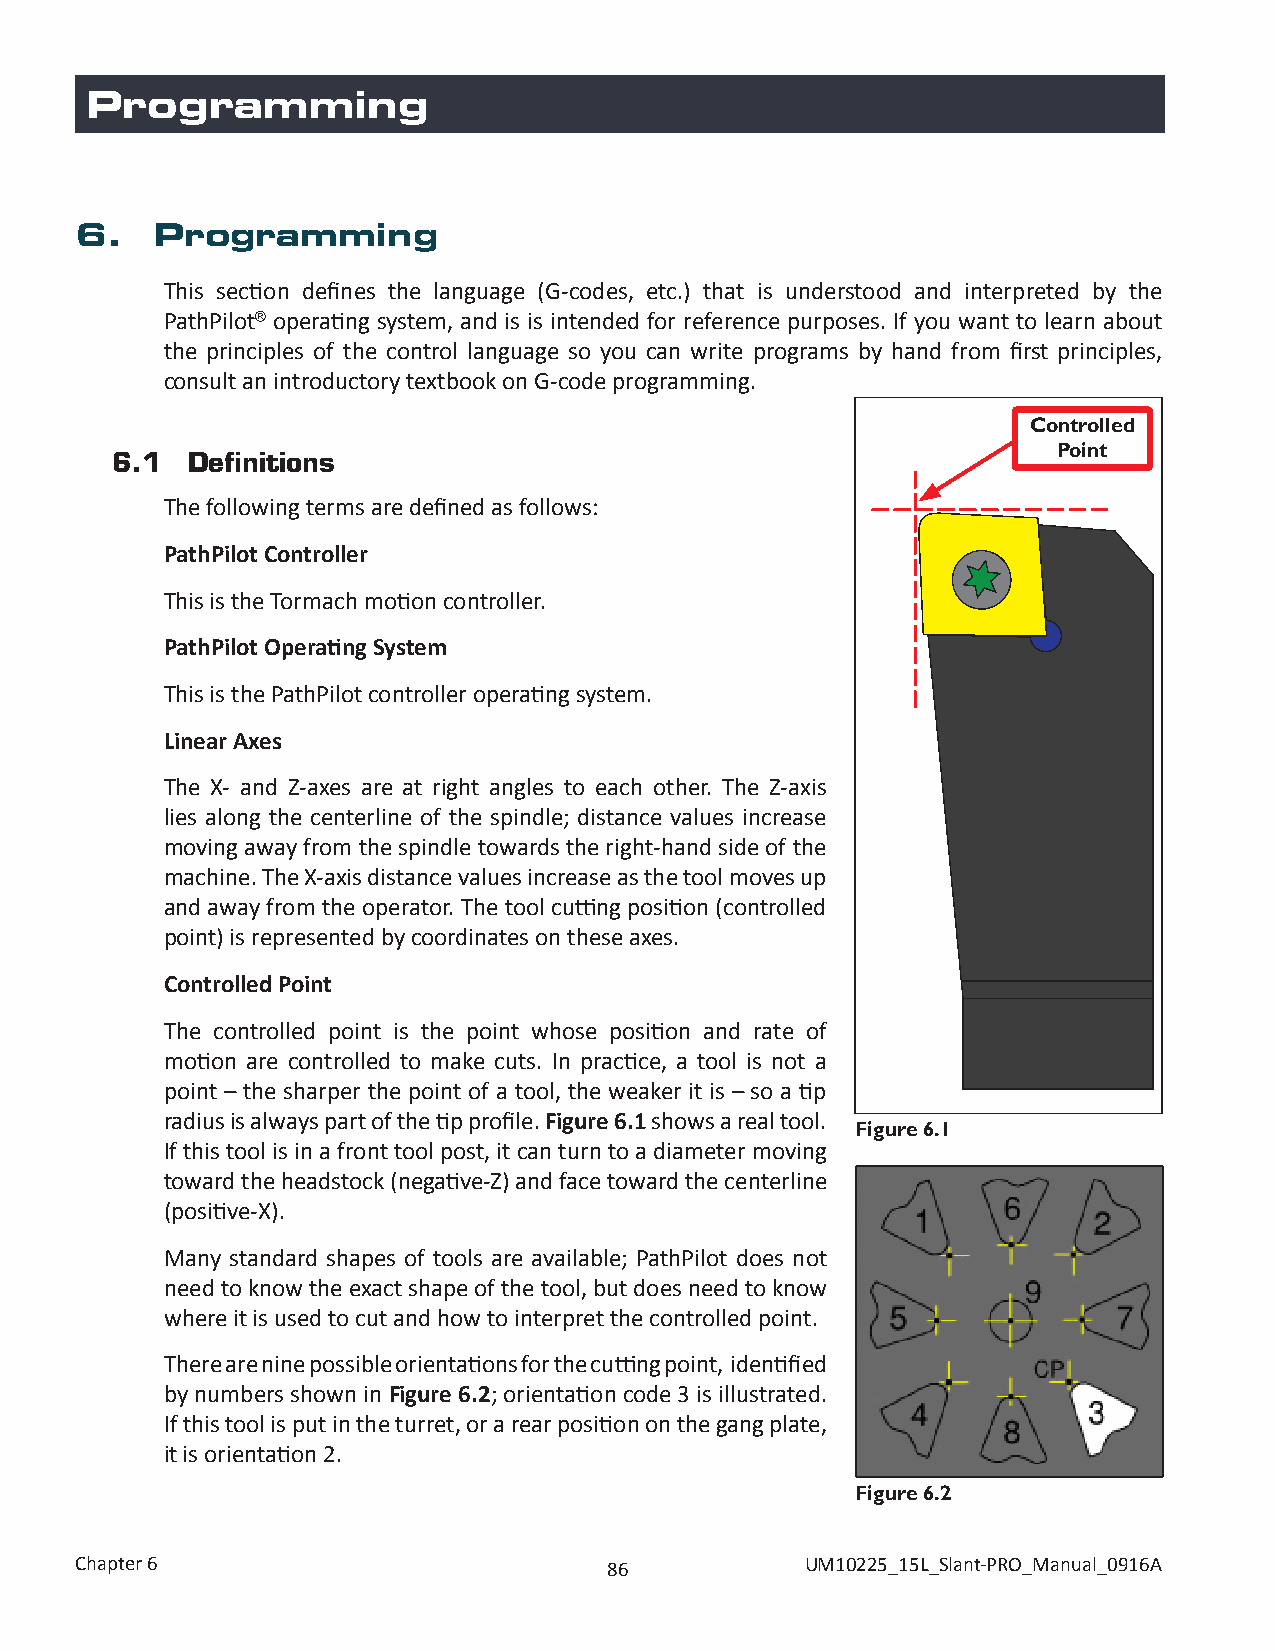
Programming
 6.   Programming
 This section defines the language (G-codes, etc.) that is understood and interpreted by the
 PathPilot® operating system, and is is intended for reference purposes. If you want to learn about
 the principles of the control language so you can write programs by hand from first principles,
 consult an introductory textbook on G-code programming.
 Controlled
 Point
 6.1  Definitions
 The following terms are defined as follows:
 PathPilot Controller
 This is the Tormach motion controller.
 PathPilot Operating System
 This is the PathPilot controller operating system.
 Linear Axes
 The X- and Z-axes are at right angles to each other. The Z-axis
 lies along the centerline of the spindle; distance values increase
 moving away from the spindle towards the right-hand side of the
 machine. The X-axis distance values increase as the tool moves up
 and away from the operator. The tool cutting position (controlled
 point) is represented by coordinates on these axes.
 Controlled Point
 The controlled point is the point whose position and rate of
 motion are controlled to make cuts. In practice, a tool is not a
 point – the sharper the point of a tool, the weaker it is – so a tip
 radius is always part of the tip profile. Figure 6.1 shows a real tool.
 Figure 6.1
 If this tool is in a front tool post, it can turn to a diameter moving
 toward the headstock (negative-Z) and face toward the centerline
 (positive-X).
 Many standard shapes of tools are available; PathPilot does not
 need to know the exact shape of the tool, but does need to know
 where it is used to cut and how to interpret the controlled point.
 There are nine possible orientations for the cutting point, identified
 by numbers shown in Figure 6.2; orientation code 3 is illustrated.
 If this tool is put in the turret, or a rear position on the gang plate,
 it is orientation 2.
 Figure 6.2
 Chapter 6                          86           UM10225_15L_Slant-PRO_Manual_0916A